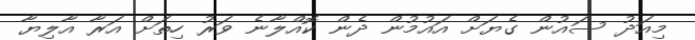
މިއަދު ސައުން ގެޔަށް އައުމުން ދެން ކޮއްލާނެ ވަރު ހިތަށް އަރާ އާލިޔާ